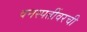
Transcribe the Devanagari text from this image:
वनस्पतींवरची